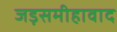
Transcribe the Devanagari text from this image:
जड़समीहावाद